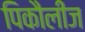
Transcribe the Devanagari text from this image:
पिकौलीज